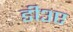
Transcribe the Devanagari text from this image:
डी३ए